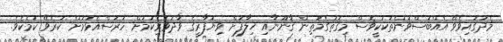
މެދުގައިވެވޭ އެއްބަސްވުންތަކަކީވެސް މިގޮތުގެމަތިން ޤާނޫނާއި ޚިލާފަށް ވިޔަފާރީގެ ވާދަވެރިކަމަށް ހުރަސްއެޅުމަށް ކުރެވޭ ކަމެކެވެ.